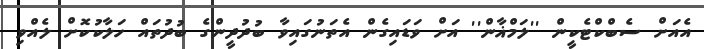
އެއަށް ސެބްކްޓެކީން ''ލަމްޣާން'' އަށް ވަޑައިގެން އެތަނުގައިވާ ބުދުދީންގެ ބުދުތައް ހަލާކުކޮށް ލެއްވި